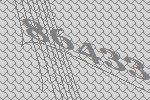
86433